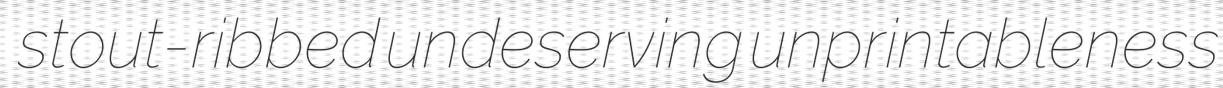
stout-ribbed undeserving unprintableness